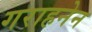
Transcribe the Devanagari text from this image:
गराहनेन